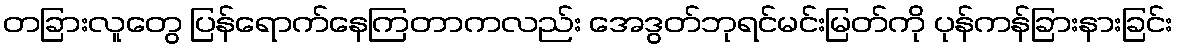
တခြားလူတွေ ပြန်ရောက်နေကြတာကလည်း အေဒွတ်ဘုရင်မင်းမြတ်ကို ပုန်ကန်ခြားနားခြင်း